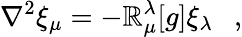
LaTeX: \nabla^{2}\xi_{\mu}=-\mathbb{R}_{\mu}^{\lambda}[g]\xi_{\lambda}~~~,